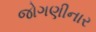
જોગણીનાર